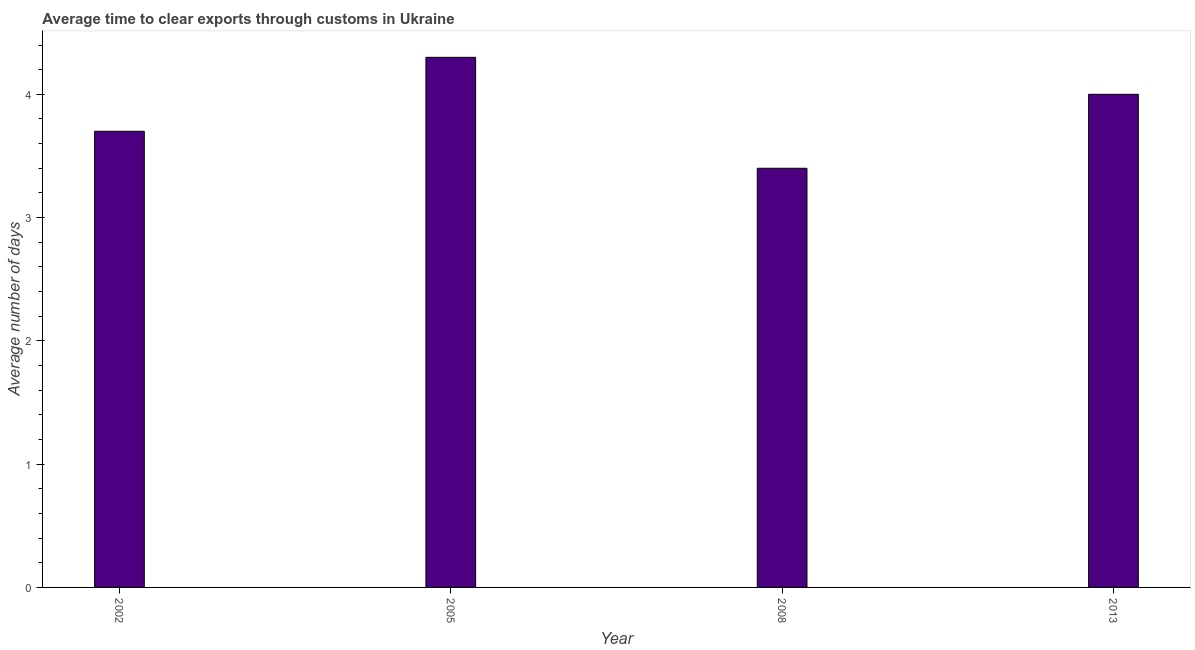
| Year | Time to clear exports through customs |
 | --- | --- |
 | 2002 | 3.7 |
 | 2005 | 4.3 |
 | 2008 | 3.4 |
 | 2013 | 4 |